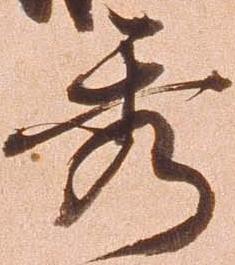
秀